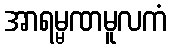
အာရမ္မဏမူလကံ